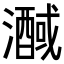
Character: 𭳒